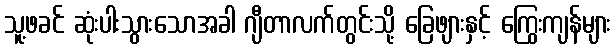
သူ့ဖခင် ဆုံးပါးသွားသောအခါ ဂျီတာလက်တွင်းသို့ ခြေဖျားနှင့် ကြွေးကျန်များ